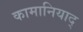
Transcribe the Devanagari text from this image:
कामानियाद्